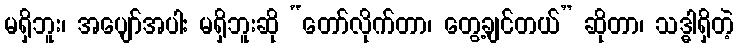
မရှိဘူး၊ အပျော်အပါး မရှိဘူးဆို “တော်လိုက်တာ၊ တွေ့ချင်တယ်” ဆိုတာ၊ သဒ္ဓါရှိတဲ့